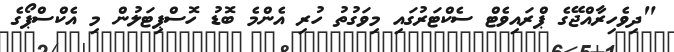
"ދިވެހިރާއްޖޭގެ ޕްރައިވެޓް ސެކްޓަރުގައި މިވަގުތު ހުރި އެންމެ ބޮޑު ހޮސްޕިޓަލުން މި އެކްސްޕޯގެ